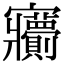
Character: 𡬙